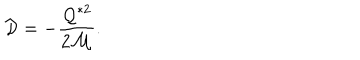
{ \cal D } = - \frac { { \cal Q } ^ { * 2 } } { 2 { \cal M } } .